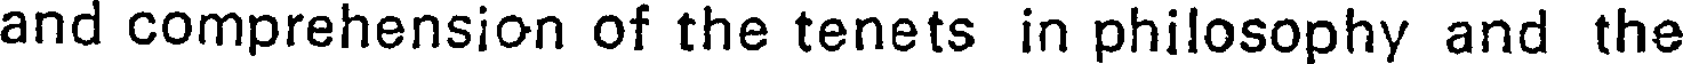
and comprehension of the tenets in philosophy and the